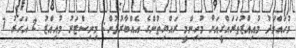
މުހައްމަދު މުއިއްޒުތަރައްގީއަށް މުހިންމީ ރައްޔިތުންގެ އެއްބާރުލުން: މިނިސްޓަރު މުއިއްޒު 2 އަހަރު 7